Statistical return of the lunatic asylum in Assam - 1912-1932
Year: 1912
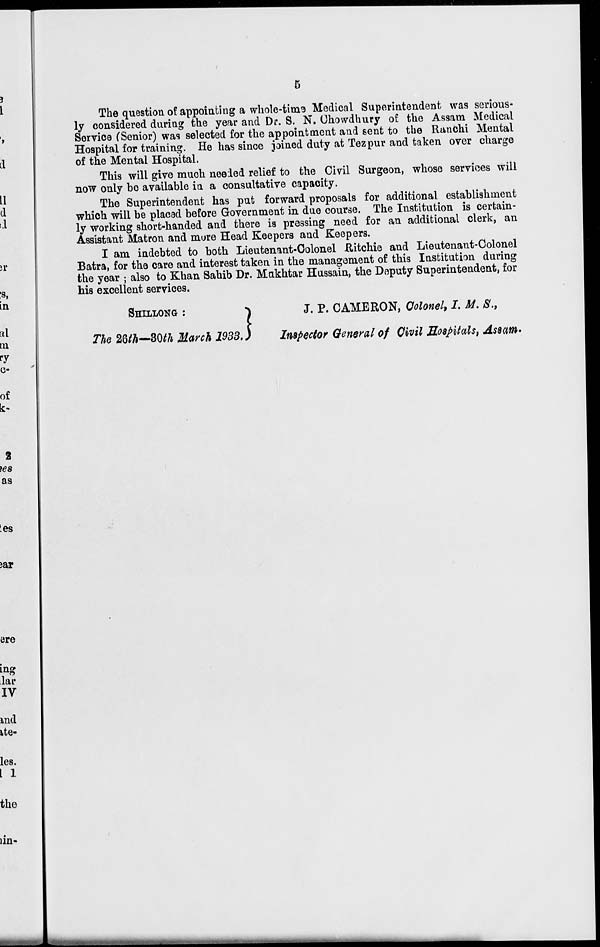
5
The question o? appointing a whole-tims Medical Superintendent was serious-
ly considered during the year and Dr. S. N. Ohowdhury o£ the Assam Medical
Service (Senior) was selected for the appointment and sent to the Ranchi Mental
Hospital for training. He has since joined duty at Tezpur and taken over charge
of the Mental Hospital.
This will give much needed relief to the Civil Surgeon, whose services will
now only bo available in a consultative capacity.
The Superintendent has put forward proposals for additional establishment
which will be placed before Government in due course. The Institution is certain-
ly working short-handed and there is pressing need for an additional clerk, an
Assistant Matron and mure Head Keepers and Keepers.
I am indebted to both Lieutenant-Colonel Ritchie and Lieutenant-Colonel
Batra, for the care and interest taken in the management of this Institution during
the year ; also to Khan Sahib Dr. Makhtar Hussain, the Deputy Superintendent, for
his excellent services.
SHILLONG :
The 26M—80M March 1933 }
J. P. CAMERON, Colonel, I. M. S. t
Inspector General of Civil Hospitals^ Assam-